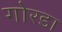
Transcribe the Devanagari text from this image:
गोरडा